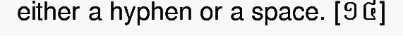
either a hyphen or a space. [១៤]